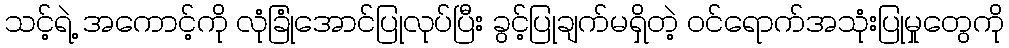
သင့်ရဲ့ အကောင့်ကို လုံခြုံအောင်ပြုလုပ်ပြီး ခွင့်ပြုချက်မရှိတဲ့ ဝင်ရောက်အသုံးပြုမှုတွေကို